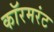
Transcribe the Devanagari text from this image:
कॉरमरंट